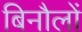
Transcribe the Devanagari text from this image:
बिनौलों